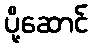
ပို့ဆောင်